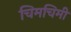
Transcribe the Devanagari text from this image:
चिमचिमी